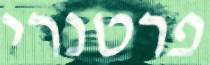
פרטנרי